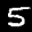
Label: 5